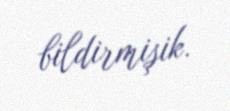
bildirmişik.